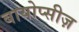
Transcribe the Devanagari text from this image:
बायोप्सीज़